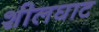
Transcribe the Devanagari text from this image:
शीलघाट